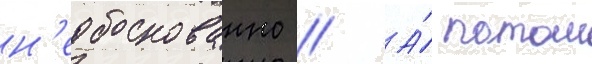
н'еобоснованно // А́ потом